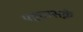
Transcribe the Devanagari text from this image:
पहुचासक्ने